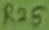
Text: R25